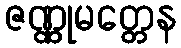
ဇဏ္ဏုမတ္တေန